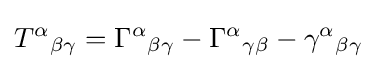
T^{\alpha }{}_{\beta \gamma }=\Gamma ^{\alpha }{}_{\beta \gamma }-\Gamma ^{\alpha }{}_{\gamma \beta }-\gamma ^{\alpha }{}_{\beta \gamma }